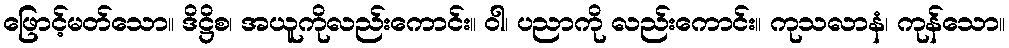
ဖြောင့်မတ်သော။ ဒိဋ္ဌိစ၊ အယူကိုလည်းကောင်း။ ဝါ၊ ပညာကို လည်းကောင်း။ ကုသလာနံ၊ ကုန်သော။